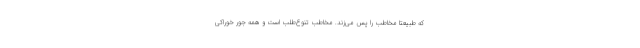
که طبیعتا مخاطب را پس می‌زند. مخاطب تنوع‌طلب است و همه جور خوراکی